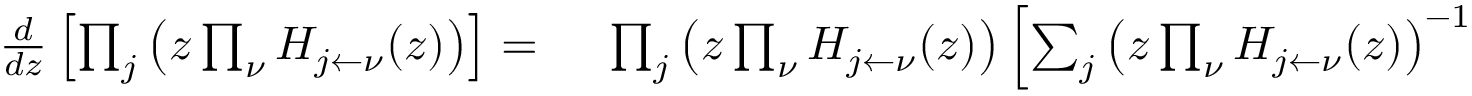
\begin{array} { r l } { \frac { d } { d z } \left[ \prod _ { j } \left( z \prod _ { \nu } H _ { { j } \leftarrow \nu } ( z ) \right) \right] = } & { { } \ \prod _ { j } \left( z \prod _ { \nu } H _ { { j } \leftarrow \nu } ( z ) \right) \left[ \sum _ { j } \left( z \prod _ { \nu } H _ { { j } \leftarrow \nu } ( z ) \right) ^ { - 1 } \right. } \end{array}